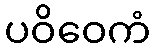
ပဝိဝေကံ